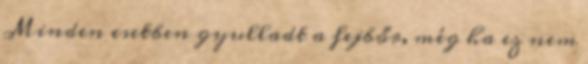
Minden esetben gyulladt a fejbőr, még ha ez nem